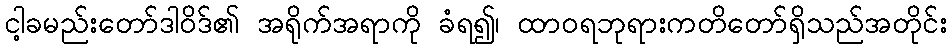
ငါ့ခမည်းတော်ဒါဝိဒ်၏ အရိုက်အရာကို ခံရ၍၊ ထာဝရဘုရားကတိတော်ရှိသည်အတိုင်း